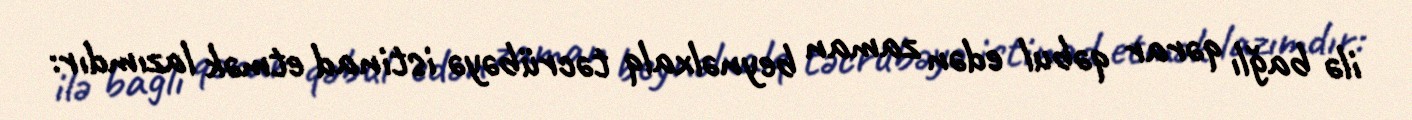
ilə bağlı qərar qəbul edən zaman beynəlxalq təcrübəyə istinad etmək lazımdır: